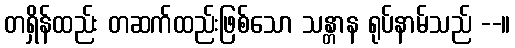
တရှိန်ထည်း တဆက်ထည်းဖြစ်သော သန္တာန ရုပ်နာမ်သည် --။